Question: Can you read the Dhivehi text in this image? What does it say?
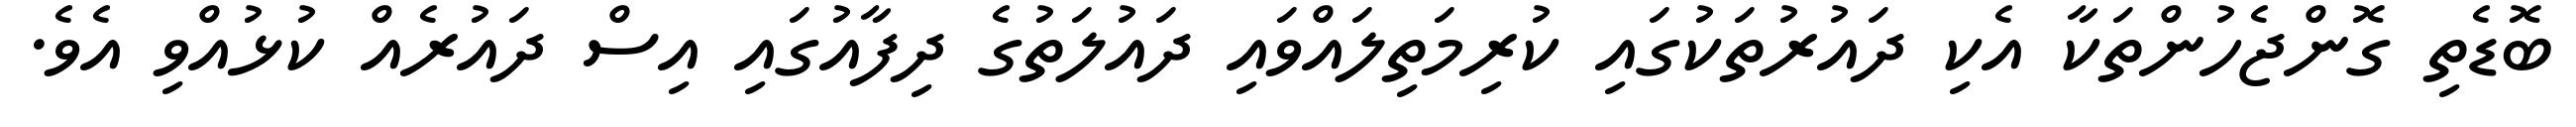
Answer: ބޮޑެތި ގޮންޖެހުންތަކާ އެކި ދައުރުތަކުގައި ކުރިމަތިލައްވައި ދައުލަތުގެ ދިފާއުގައި އިސް ދައުރެއް ކުޅުއްވި އެވެ.